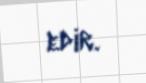
edir.